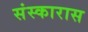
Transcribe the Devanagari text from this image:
संस्कारास